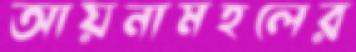
আয়নামহলের